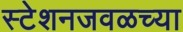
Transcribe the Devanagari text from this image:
स्टेशनजवळच्या